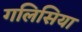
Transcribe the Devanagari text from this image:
गलिसिया